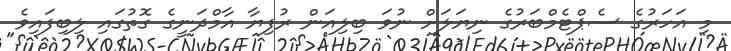
މި އަހަރުގެ ސެޕްޓެމްބަރުގެ ނިޔަލަށް ނުވަ ބިލިއަން ރުފިޔާ އާމްދަނީގެ ގޮތުގައި ލިބިފައިވެ